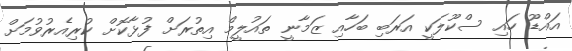
އައްޑޫ ހައި ސްކޫލަކީ އަރަބި ބަހާއި ޒަމާނީ ތައުލީމް އިތުރަށް ފުޅާކޮށް ކުރިއެރުވުމަށް